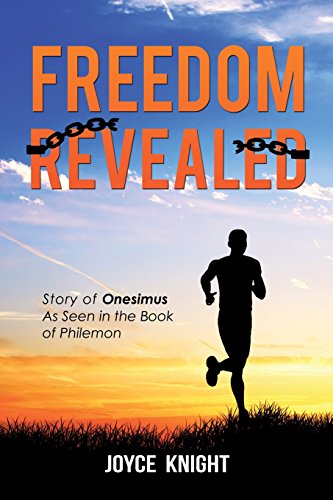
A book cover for Freedom Revealed; Joyce Knight; Parenting & Relationships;